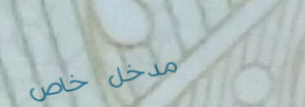
مدخل خاص